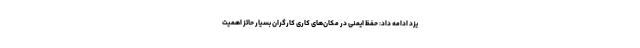
یزد ادامه داد: حفظ ایمنی در مکان‌های کاری کارگران بسیار حائز اهمیت